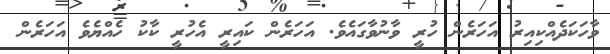
ވާހަކަދެއްކިއިރު އަހަރެން ހުރީ ވާނުވާގައެވެ. އަހަރެން ކައިރީ އެހުރީ ކާކު ހެއްޔެވެ އަހަރެން